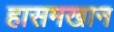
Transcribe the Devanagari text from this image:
हासमखान